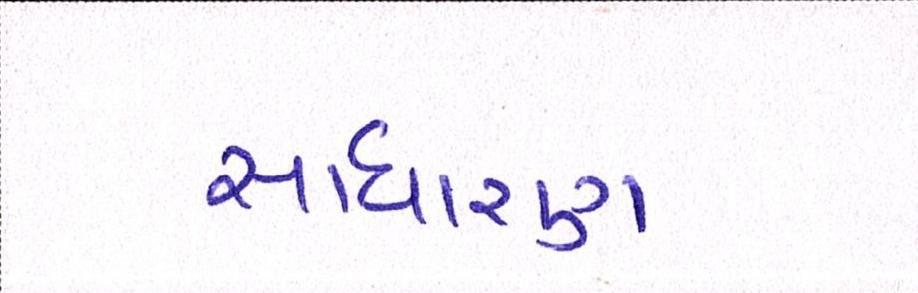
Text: સાધારણ